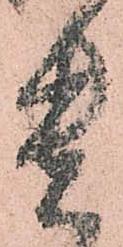
貴